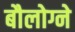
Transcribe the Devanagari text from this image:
बौलोग्ने